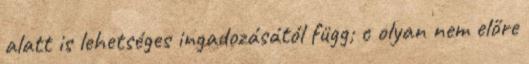
alatt is lehetséges ingadozásától függ; c olyan nem előre